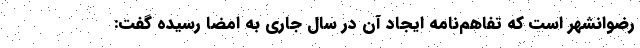
رضوانشهر است که تفاهم‌نامه ایجاد آن در سال جاری به امضا رسیده گفت: